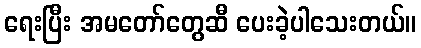
ရေးပြီး အမတော်တွေဆီ ပေးခဲ့ပါသေးတယ်။